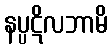
နပ္ပဋိလဘာမိ